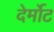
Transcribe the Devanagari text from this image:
देर्मोट